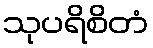
သုပရိစိတံ